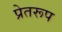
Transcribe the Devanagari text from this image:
प्रेतरूप